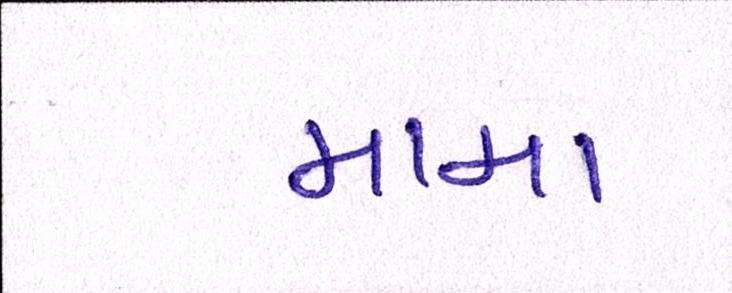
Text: મામા